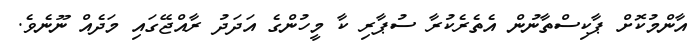
އާންމުކޮށް ޕާކިސްތާނުން އެތެރެކުރާ ސުޕާރި ކާ މީހުންގެ އަދަދު ރާއްޖޭގައި މަދެއް ނޫނެވެ.